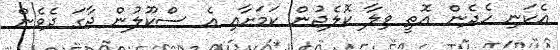
އެކަނި ހެދެން އޮތީ ވިލާ ކޮލެޖުން ކަމަށާއި އެ ސްކޫލުން ޖާގަ ދެވެން